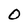
Character: O